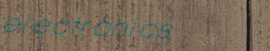
electronics